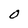
Character: 0